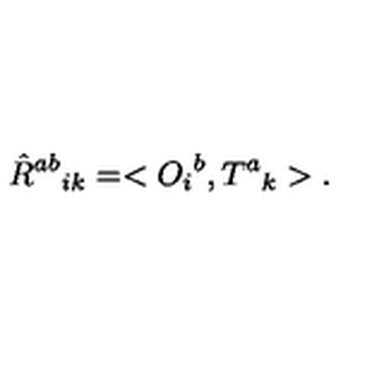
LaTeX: \hat { R } ^ { a b } { } _ { i k } = < O _ { i } { } ^ { b } , T ^ { a } { } _ { k } > .